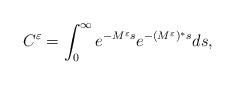
LaTeX: \begin{align*}C^\varepsilon = \int_0^\infty e^{-M^\varepsilon s}e^{-(M^{\varepsilon})^* s}ds,\end{align*}